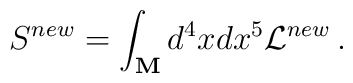
S^{new}= \int _{\bf M}d^4 x dx^5 {\cal L}^{new}\, .